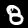
Digit: 8